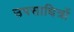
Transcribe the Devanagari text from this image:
उपसाधित्रों